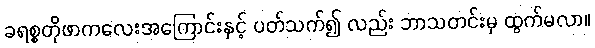
ခရစ္စတိုဖာကလေးအကြောင်းနှင့် ပတ်သက်၍ လည်း ဘာသတင်းမှ ထွက်မလာ။